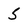
Character: 5